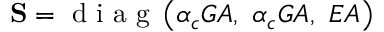
\mathbf { S } = \mathrm { ~ d ~ i ~ a ~ g ~ } \left( \alpha _ { c } G A , ~ \alpha _ { c } G A , ~ E A \right)